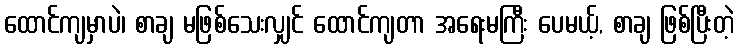
ထောင်ကျမှာပဲ၊ စာချ မဖြစ်သေးလျှင် ထောင်ကျတာ အရေးမကြီး ပေမယ့်, စာချ ဖြစ်ပြီးတဲ့